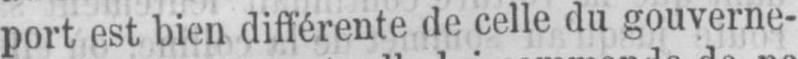
port est bien différente de celle du gouverne-